Indian Civil Veterinary Department memoirs
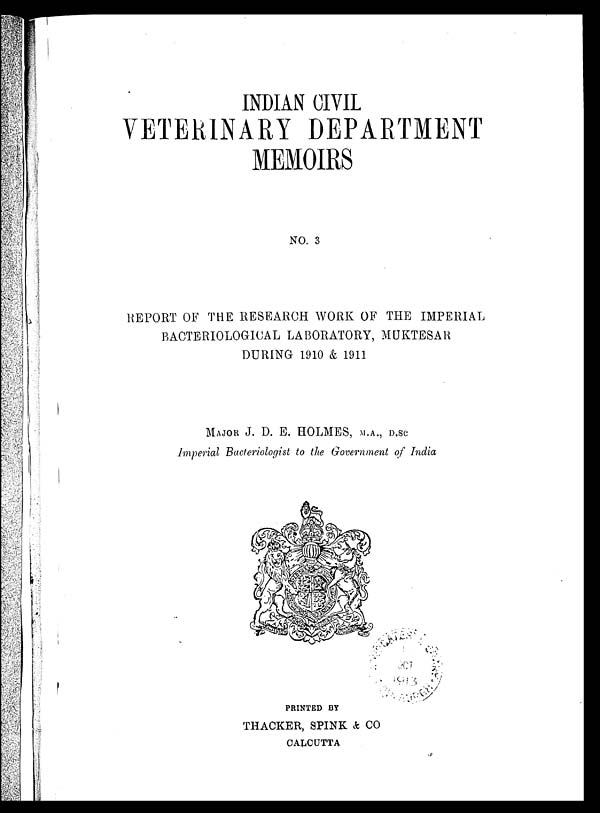
INDIAN CIVIL
VETERINARY DEPARTMENT
MEMOIRS
NO. 3
REPORT OF THE RESEARCH WORK OF THE IMPERIAL
BACTERIOLOGICAL LABORATORY, MUKTESAR
DURING 1910 & 1911
MAJOR J. D. E. HOLMES, M.A., D.SC
Imperial Bacteriologist to the Government of India
PRINTED BY
THACKER, SPINK & CO
CALCUTTA